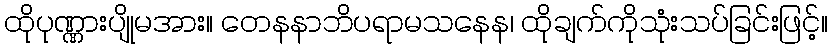
ထိုပုဏ္ဏားပျိုမအား။ တေနနာဘိပရာမသနေန၊ ထိုချက်ကိုသုံးသပ်ခြင်းဖြင့်။